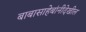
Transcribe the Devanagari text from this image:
बाबासाहेबांनीदेखील